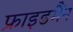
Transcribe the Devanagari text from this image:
फ्राइडमैंन